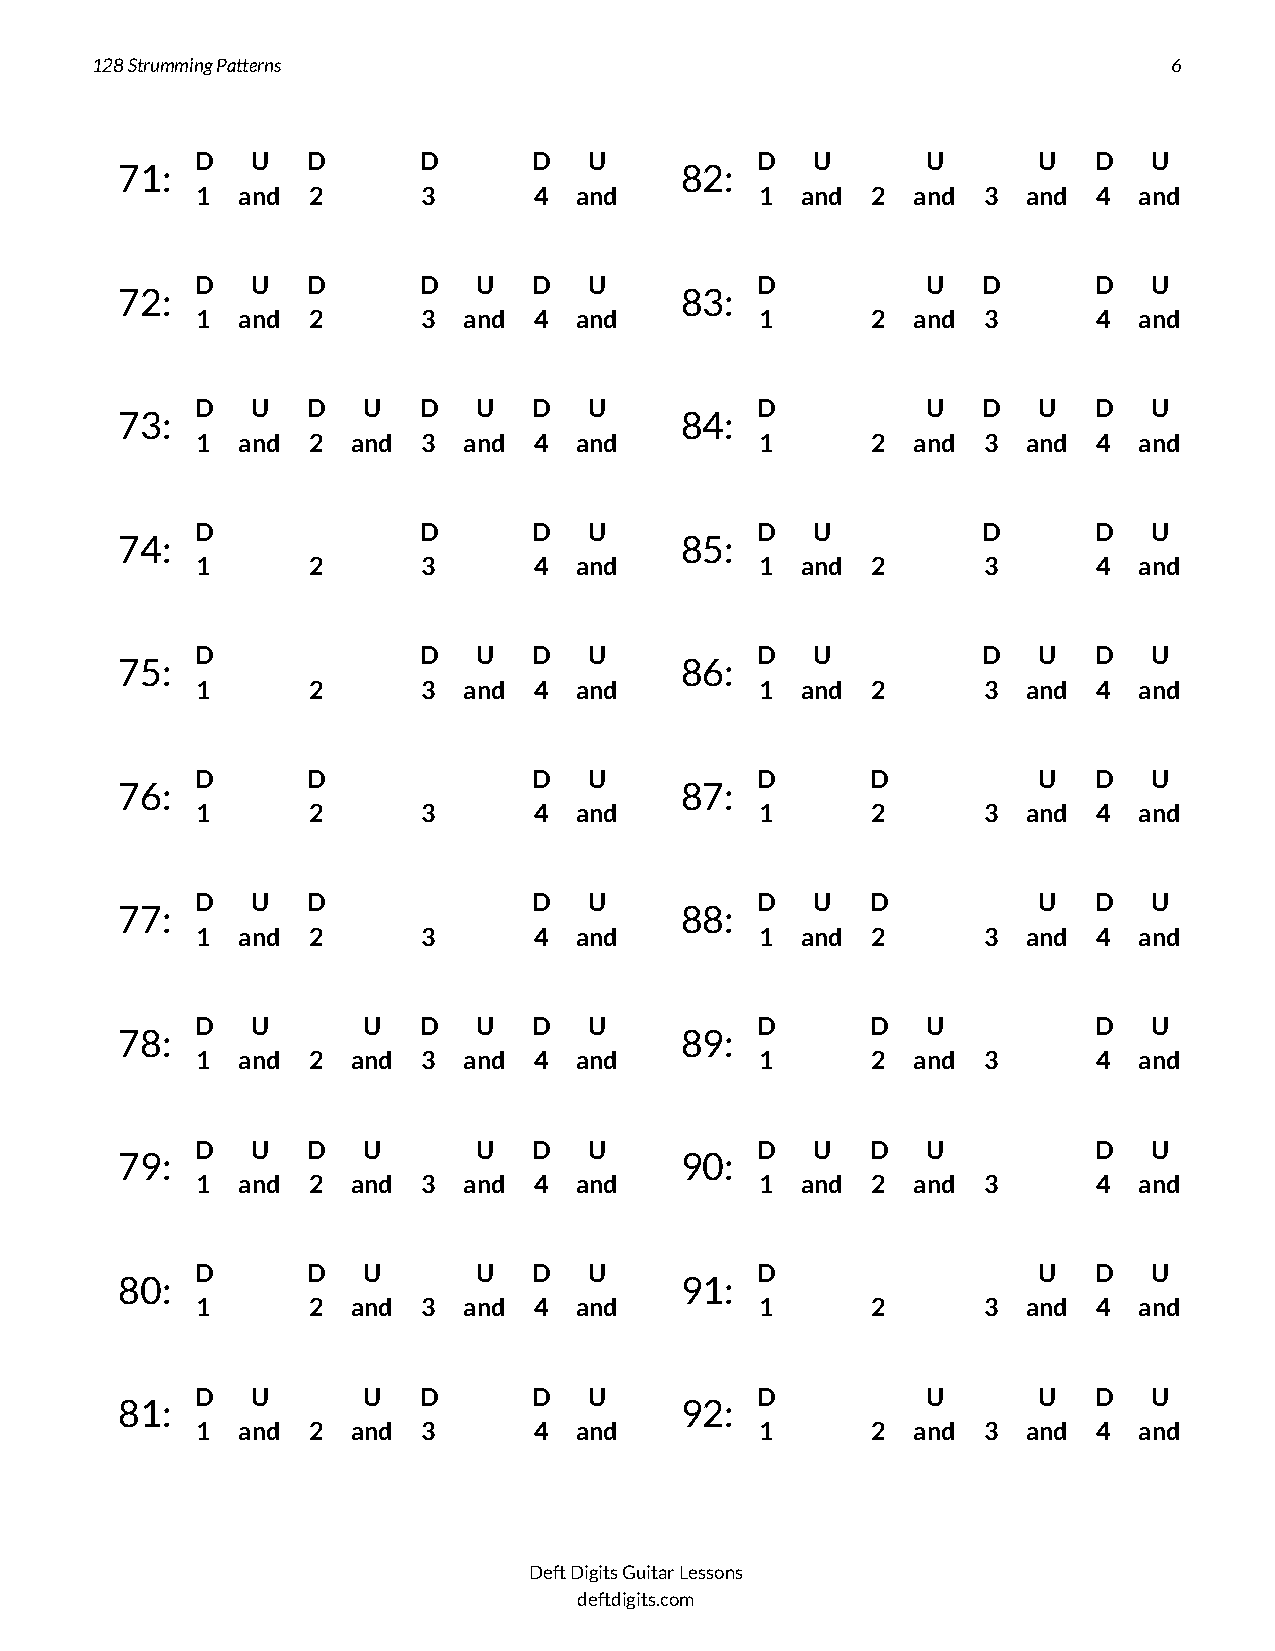
128 Strumming Patterns                                                  6
 D   U  D       D      D   U          D   U      U       U  D   U
 71:                                  82:
 1  and 2       3      4  and         1  and  2 and  3  and  4 and
 D   U  D       D   U  D   U          D          U   D      D   U
 72:                                  83:
 1  and 2       3  and 4  and         1       2 and  3       4 and
 D   U  D   U   D   U  D   U          D          U   D   U  D   U
 73:                                  84:
 1  and 2  and  3  and 4  and         1       2 and  3  and  4 and
 D              D      D   U          D   U          D      D   U
 74:                                  85:
 1      2       3      4  and         1  and  2      3       4 and
 D              D   U  D   U          D   U          D   U  D   U
 75:                                  86:
 1      2       3  and 4  and         1  and  2      3  and  4 and
 D      D              D   U          D       D          U  D   U
 76:                                  87:
 1      2       3      4  and         1       2      3  and  4 and
 D   U  D              D   U          D   U   D          U  D   U
 77:                                  88:
 1  and 2       3      4  and         1  and  2      3  and  4 and
 D   U      U   D   U  D   U          D       D  U          D   U
 78:                                  89:
 1  and 2  and  3  and 4  and         1       2 and  3       4 and
 D   U  D   U       U  D   U          D   U   D  U          D   U
 79:                                  90:
 1  and 2  and  3  and 4  and         1  and  2 and  3       4 and
 D      D   U       U  D   U          D                  U  D   U
 80:                                  91:
 1      2  and  3  and 4  and         1       2      3  and  4 and
 D   U      U   D      D   U          D          U       U  D   U
 81:                                  92:
 1  and 2  and  3      4  and         1       2 and  3  and  4 and
 Deft Digits Guitar Lessons
 deftdigits.com